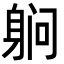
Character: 䠺